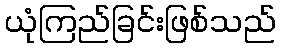
ယုံကြည်ခြင်းဖြစ်သည်